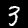
Label: 3